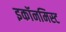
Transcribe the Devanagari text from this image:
इकॉनमिस्ट